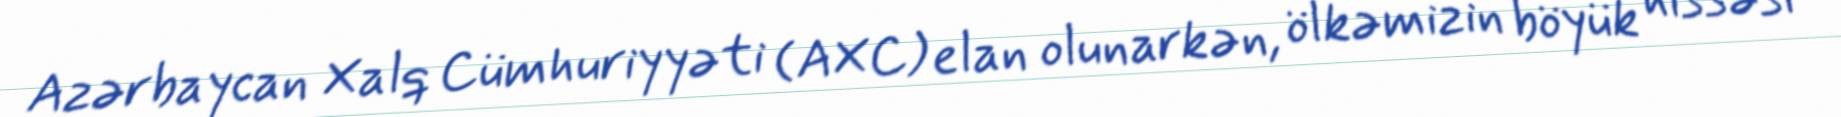
Azərbaycan Xalq Cümhuriyyəti (AXC) elan olunarkən, ölkəmizin böyük hissəsi